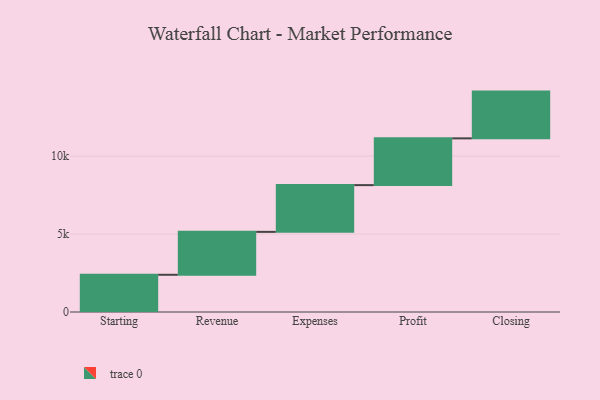
{"axis": {"x": "Step", "y": "Value"}, "legend": [""], "data": [{"x": "Starting", "y": 2388.0, "type": ""}, {"x": "Revenue", "y": 2753.0, "type": ""}, {"x": "Expenses", "y": 3000, "type": ""}, {"x": "Profit", "y": 3000, "type": ""}, {"x": "Closing", "y": 3000, "type": ""}]}